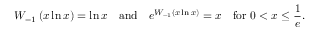
W _ { - 1 } \left( x \ln x \right) = \ln x \quad { \mathrm { a n d } } \quad e ^ { W _ { - 1 } \left( x \ln x \right) } = x \quad { \mathrm { f o r ~ } } 0 < x \leq { \frac { 1 } { e } } .